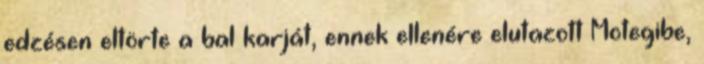
edzésen eltörte a bal karját, ennek ellenére elutazott Motegibe,